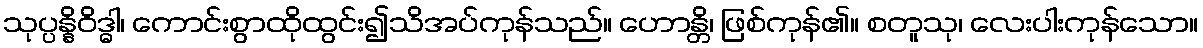
သုပ္ပန္နိဝိဒ္ဓါ၊ ကောင်းစွာထိုထွင်း၍သိအပ်ကုန်သည်။ ဟောန္တိ၊ ဖြစ်ကုန်၏။ စတူသု၊ လေးပါးကုန်သော။